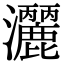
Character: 𭳺